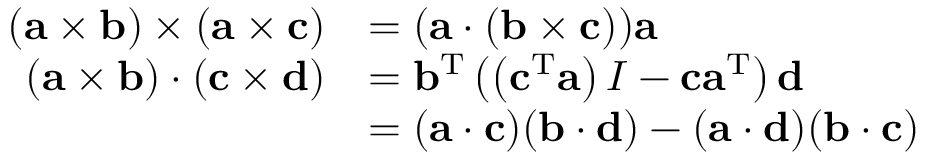
{ \begin{array} { r l } { ( \mathbf { a } \times \mathbf { b } ) \times ( \mathbf { a } \times \mathbf { c } ) } & { = ( \mathbf { a } \cdot ( \mathbf { b } \times \mathbf { c } ) ) \mathbf { a } } \\ { ( \mathbf { a } \times \mathbf { b } ) \cdot ( \mathbf { c } \times \mathbf { d } ) } & { = \mathbf { b } ^ { \mathrm { T } } \left( \left( \mathbf { c } ^ { \mathrm { T } } \mathbf { a } \right) I - \mathbf { c } \mathbf { a } ^ { \mathrm { T } } \right) \mathbf { d } } \\ & { = ( \mathbf { a } \cdot \mathbf { c } ) ( \mathbf { b } \cdot \mathbf { d } ) - ( \mathbf { a } \cdot \mathbf { d } ) ( \mathbf { b } \cdot \mathbf { c } ) } \end{array} }